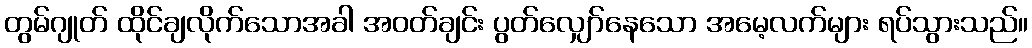
တွမ်ဂျုတ် ထိုင်ချလိုက်သောအခါ အဝတ်ချင်း ပွတ်လျှော်နေသော အမေ့လက်များ ရပ်သွားသည်။